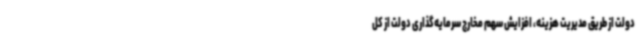
دولت از طریق مدیریت هزینه، افزایش سهم مخارج سرمایه‌گذاری دولت از کل